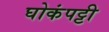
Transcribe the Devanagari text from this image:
घोकंपट्टी